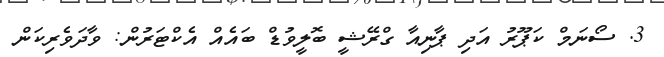
3. ސޯނަމް ކަޕޫރު އަދި ޕާނިއާ ގްރޭޝީ ބޮލީވުޑް ބައެއް އެކްޓަރުން: ވާދަވެރިކަން